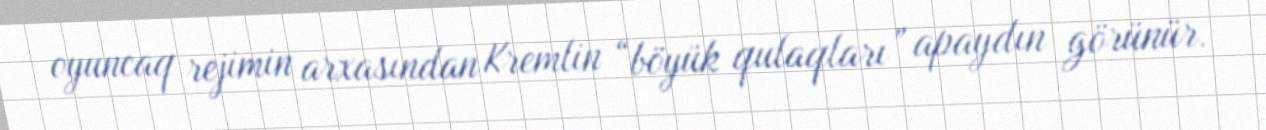
oyuncaq rejimin arxasından Kremlin “böyük qulaqları” apaydın görünür.